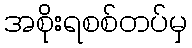
အစိုးရစစ်တပ်မှ